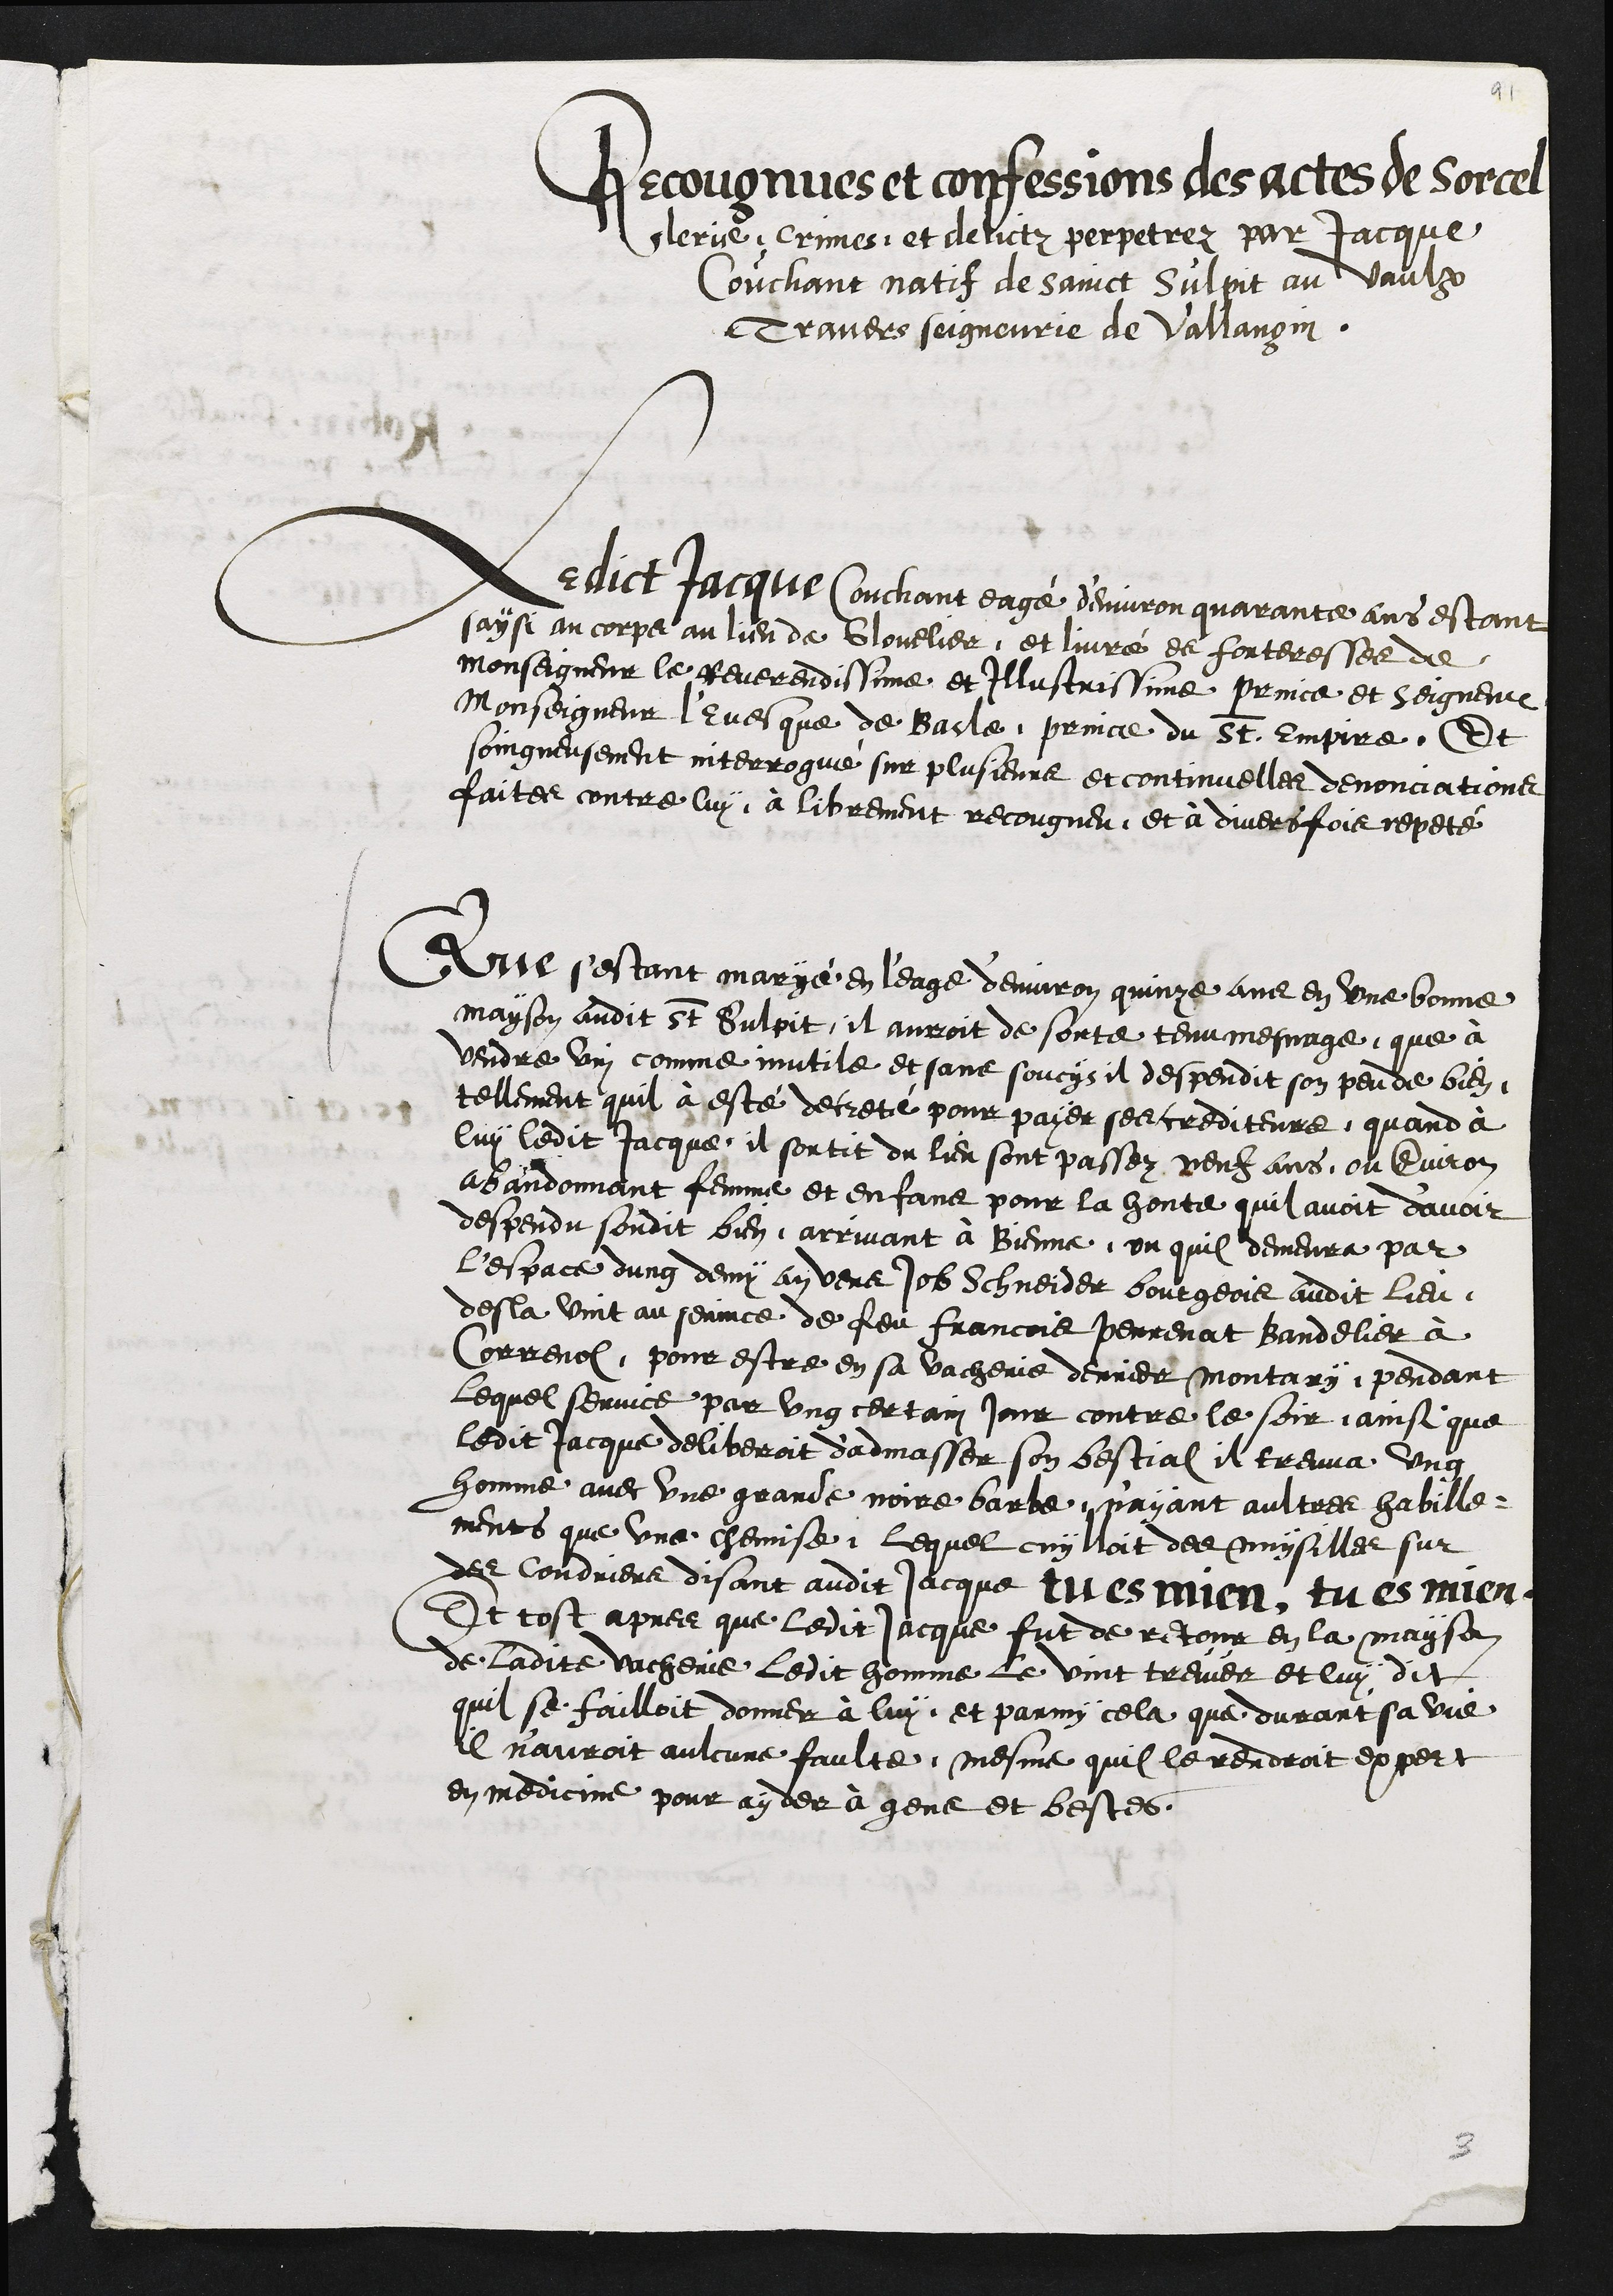
Recongnues et confessions des actes de Sorcel
lerie Crimes et delictz perpetrez par Jacque
Couchant natif de sainct Sulpit au Vaulx
Travers seigneurie de Vallangin
Ledict Jacque Couchant eagé d'environ quarante ans estant
saysi au corps au lieu de Glovelier et livré es forteresses de
Monseigneur le Reverendissime et Illustrissime Prince et Seigneur
Monseigneur l'Evesque de Basle prince du St. Empire Et
soingneusent interrogué sur plusieurs et continuelles denonciations
faites contre luy à librement recongneu et à diversfois repeté
Que sestant maryé en l'eage d'environ quinze ans en une bonne
mayson audit st Sulpit il auroit de sorte tenu mesnage que à
vendre vin comme inutile et sans soucys il despendit son peu de bien
tellement quil à esté decreté pour payer ses crediteurs quand à
luy ledit Jacque il sortit du lieu sont passez neuf ans ou environ
avandonnant femme et enfans pour la honte quil avoit d'avoir
despendu sondit bien, arrivant à Bienne ou quil demeura par
l'espace dung demy an vers Job Schneider bourgeois audit lieu
desla vint au service de feu Francois Perrenat Bandelier à
Correnol pour estre en sa vacherie derrier Montary pendant
Lequel service par ung certain jour contre le soir ainsi que
ledit Jacque deliberoit d'admasser son bestial il treuva ung
homme avec une grande noire barbe n'ayant aultres habille-
ments que une chemise, lequel cuylloit des nuysilles sur
des Coudriers disant audit Jacque tu es mien, tu es mien
Et tost apres que ledit Jacque fut de retour en la mayson
de ladite vacherie ledit homme le vint treuver et luy dit
quil se failloit donner à luy et parmy cela que durant sa vie
il n'auroit aulcune faulte, mesme quil le rendroit expert
en medicine pour ayder à gens et bestes.

3